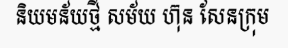
និយមន័យថ្មី សម័យ ហ៊ុន សែនក្រុម